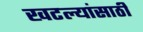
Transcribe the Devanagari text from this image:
खटल्यांसाठी